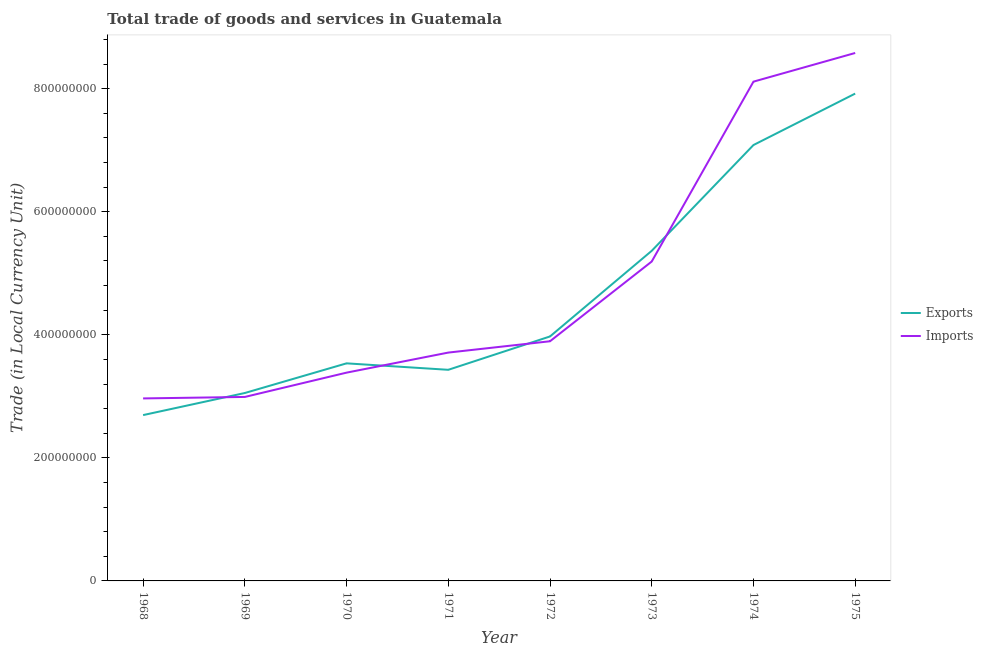
| Year | Exports | Imports |
 | --- | --- | --- |
 | 1968 | 2.7e+08 | 2.97e+08 |
 | 1969 | 3.05e+08 | 2.99e+08 |
 | 1970 | 3.54e+08 | 3.38e+08 |
 | 1971 | 3.43e+08 | 3.71e+08 |
 | 1972 | 3.97e+08 | 3.9e+08 |
 | 1973 | 5.36e+08 | 5.19e+08 |
 | 1974 | 7.08e+08 | 8.11e+08 |
 | 1975 | 7.92e+08 | 8.58e+08 |